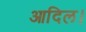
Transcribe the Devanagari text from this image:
आदिल।